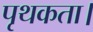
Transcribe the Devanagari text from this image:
पृथकता।